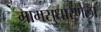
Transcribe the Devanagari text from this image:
ग्रामसुधारणेला